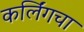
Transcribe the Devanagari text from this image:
कर्लिंगचा